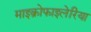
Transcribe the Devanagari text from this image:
माइक्रोफाइलेरिया